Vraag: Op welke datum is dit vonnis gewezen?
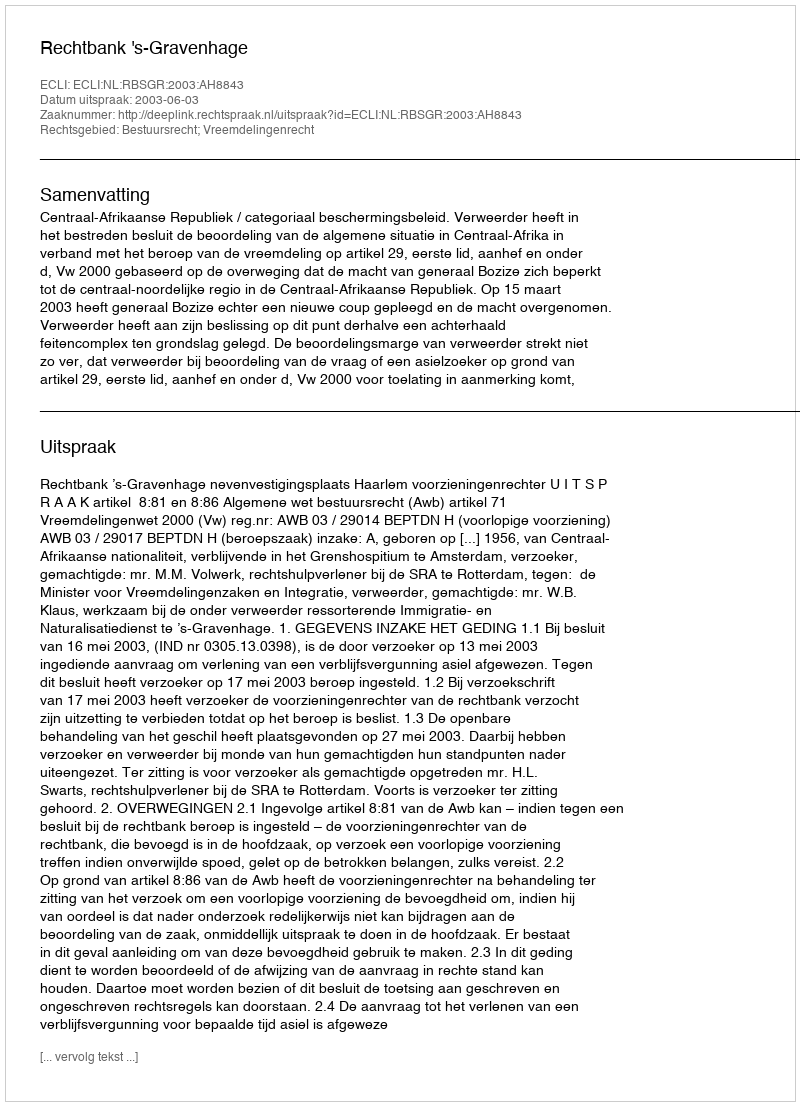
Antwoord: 2003-06-03